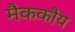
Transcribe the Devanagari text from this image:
मैककौय